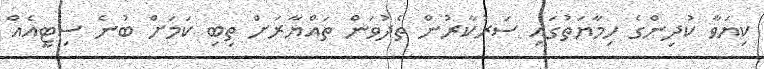
ކިޔަވާ ކުދިންގެ ހިމާޔަތުގައި ސަރުކާރުން ތެދުވަން ތައްޔާރަށް ތިބި ކަމަށް ބުނެ ސިޓީއެއް